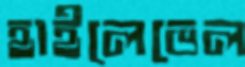
হাইলেভেল